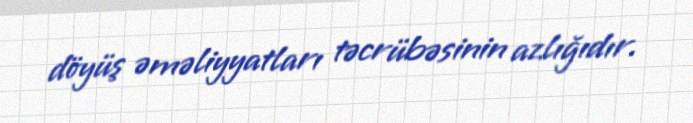
döyüş əməliyyatları təcrübəsinin azlığıdır.